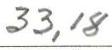
33,18